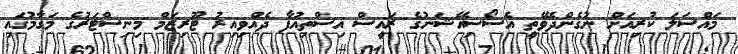
މައްސަލަ ކުރިއަށް ނުގެންދެވޭތީ އެސޯސިއޭޝަނުގެ ރައީސް އިސްތިއުފާ ދެއްވިއިރު ޓޫރިޒަމް މިނިސްޓަރުގެ މަގާމުގައި